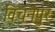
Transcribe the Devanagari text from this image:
विचनपुर